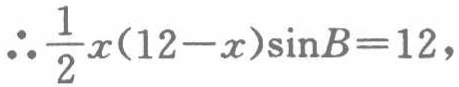
\(\therefore \frac{1}{2}x(12 - x)\sin B = 12\)，